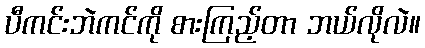
ပီကင်းဘဲကင်ကို စားကြည့်တာ ဘယ်လိုလဲ။